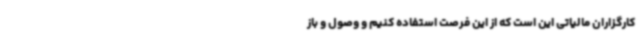
کارگزاران مالیاتی این است که از این فرصت استفاده کنیم و وصول و باز